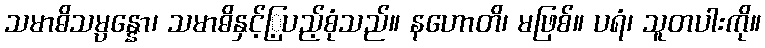
သမာဓိသမ္ပန္နော၊ သမာဓိနှင့်ြ့ပည့်စုံသည်။ နဟောတိ၊ မဖြစ်။ ပရံ၊ သူတပါးကို။